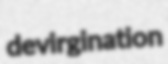
devirgination